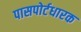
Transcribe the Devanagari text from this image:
पासपोर्टधारक